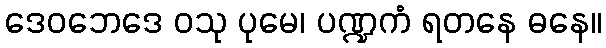
ဒေဝဘေဒေ ဝသု ပုမေ၊ ပဏ္ဍကံ ရတနေ ဓနေ။